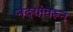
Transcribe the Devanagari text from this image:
नदयांवरून